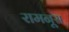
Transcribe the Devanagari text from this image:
रामनूस